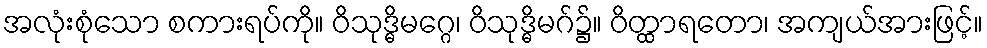
အလုံးစုံသော စကားရပ်ကို။ ဝိသုဒ္ဓိမဂ္ဂေ၊ ဝိသုဒ္ဓိမဂ်၌။ ဝိတ္ထာရတော၊ အကျယ်အားဖြင့်။